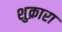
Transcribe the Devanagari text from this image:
शुक्रारा